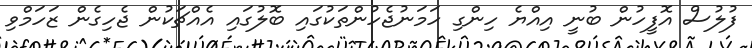
ފުލުސް އޮފީހުން ބުނީ އިއްޔެ ހިންގި ހަމަނުޖެހުންތަކުގައި ބޮލުގައި އެއްޗަކުން ޖެހިގެން ޒަހަމްވި